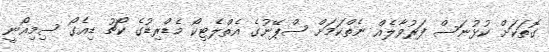
ގޮތަކަށް ކުޅުނަސް ފަރުވާލެއް ނެތްކަމަށް ސްޕޭނުގެ އެތްލެޓިކޯ މެޑްރިޑުގެ ކޯޗު ޑިއެގޯ ސިމިއޯނީ